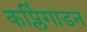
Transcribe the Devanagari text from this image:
कप्लिंगाडन